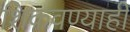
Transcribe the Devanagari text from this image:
शिकवण्याही